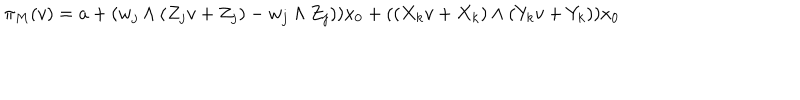
\pi _ { M } ( v ) = a + ( w _ { j } \wedge ( Z _ { j } v + Z _ { j } ) - w _ { j } \wedge Z _ { j } ) ) x _ { 0 } + ( ( X _ { k } v + X _ { k } ) \wedge ( Y _ { k } v + Y _ { k } ) ) x _ { 0 }